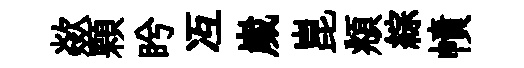
歘顆盻冱嵗崑頫綜幘